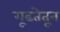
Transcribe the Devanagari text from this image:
गूढतेतून